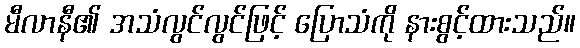
မီလာနီ၏ အသံလွင်လွင်ဖြင့် ပြောသံကို နားစွင့်ထားသည်။